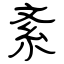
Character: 紊